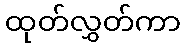
ထုတ်လွှတ်ကာ